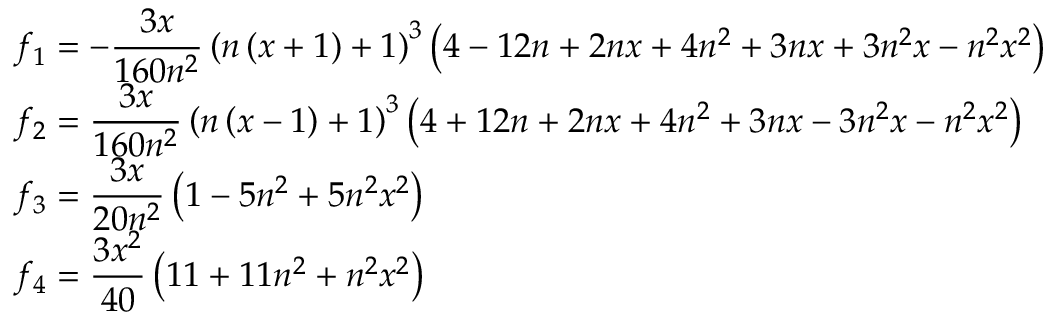
\begin{array} { l c l } { f _ { 1 } = \displaystyle - \frac { 3 x } { 1 6 0 n ^ { 2 } } \left( n \left( x + 1 \right) + 1 \right) ^ { 3 } \left( 4 - 1 2 n + 2 n x + 4 n ^ { 2 } + 3 n x + 3 n ^ { 2 } x - n ^ { 2 } x ^ { 2 } \right) } \\ { f _ { 2 } = \displaystyle \frac { 3 x } { 1 6 0 n ^ { 2 } } \left( n \left( x - 1 \right) + 1 \right) ^ { 3 } \left( 4 + 1 2 n + 2 n x + 4 n ^ { 2 } + 3 n x - 3 n ^ { 2 } x - n ^ { 2 } x ^ { 2 } \right) } \\ { f _ { 3 } = \displaystyle \frac { 3 x } { 2 0 n ^ { 2 } } \left( 1 - 5 n ^ { 2 } + 5 n ^ { 2 } x ^ { 2 } \right) } \\ { f _ { 4 } = \displaystyle \frac { 3 x ^ { 2 } } { 4 0 } \left( 1 1 + 1 1 n ^ { 2 } + n ^ { 2 } x ^ { 2 } \right) } \end{array}